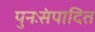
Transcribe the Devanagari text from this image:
पुनःसंपादित